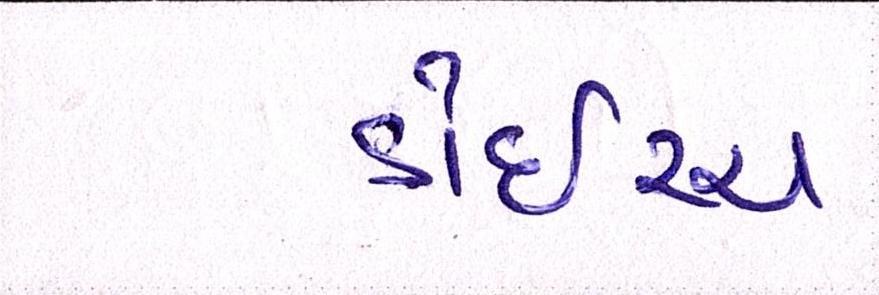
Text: ડોઇચ્ચ